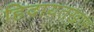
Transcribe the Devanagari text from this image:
हिदायतखान